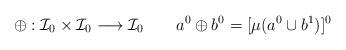
LaTeX: \begin{align*}\oplus:\mathcal{I}_0\times\mathcal{I}_0\longrightarrow\mathcal{I}_0\ \ \ \ \ \ a^0\oplus b^0=[\mu(a^0\cup b^1)]^0\end{align*}